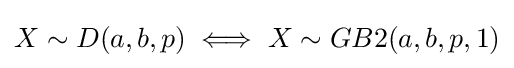
X\sim D(a,b,p)\iff X\sim GB2(a,b,p,1)